Papers set at the Examination for Leaving Certificates, 1893
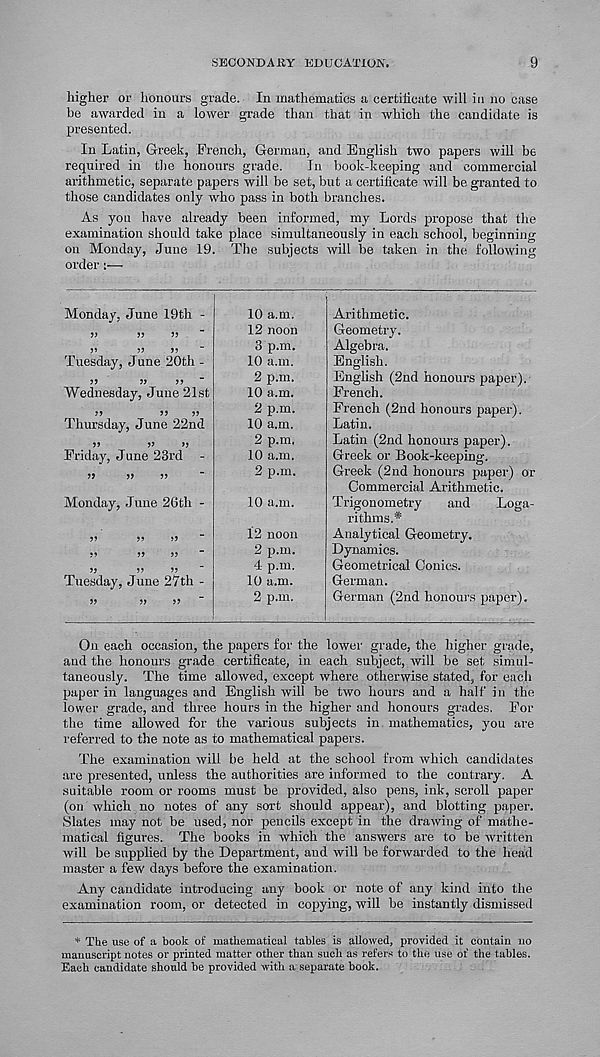
SECONDAKY EDUCATION.
9
higher or honours grade. In mathematics a certificate will in no case
be awarded in a lower grade than that in which the candidate is
presented.
In Latin, Greek, French, German, and English two papers will be
required in the honours grade.
In book-keeping and commercial
arithmetic, separate papers will be set, but a certificate will be granted to
those candidates only who pass in both branches.
As you have already been informed, my Lords propose that the
examination should take place simultaneously in each school, beginning
on Monday, June 19. The subjects will be taken in the following
order:—
Arithmetic.
Geometry.
Algebra.
English.
English (2nd honours paper).
French.
French (2nd honours paper).
Latin.
Latin (2nd honours paper).
Greek or Book-keeping.
Greek (2nd honours paper) or
Commercial Arithmetic.
Trigonometry
and
Loga-
rithms.*
Analytical Geometry.
Dynamics.
Geometrical Conics.
German.
German (2nd honours paper).
On each occasion, the papers for the lower grade, the higher grade,
and the honours grade certificate, in each subject, will be set simul-
taneously. The time allowed, except where otherwise stated, for eacli
paper in languages and English will be two hours and a half in the
lower grade, and three hours in the higher and honours grades. For
the time allowed for the various subjects in mathematics, you are
referred to the note as to mathematical papers.
The examination will be held at the school from which candidates
are presented, unless the authorities are informed to the contrary. A
suitable room or rooms must be provided, also pens, ink, scroll paper
(on which no notes of any sort should appear), and blotting paper.
Slates may not be used, nor pencils except in the drawing of mathe-
matical figures. The books in which the answers are to be written
will be supplied by the Department, and will be forwarded to the head
master a few days before the examination.
Any candidate introducing any book or note of any kind into the
examination room, or detected in copying, will be instantly dismissed
* The use of a book of mathematical tables is allowed, provided it contain no
manuscript notes or printed matter other than such as refers to the use of the tables.
Each candidate should be provided with a separate book.
Monday, June 19th -
O
))
>5
Tuesday, June 20th -
Wednesday, June 21st
Thursday, June 22nd
>>
5?
>5
Friday, June 23rd -
Monday, June 26th -
Tuesday, June 27th -
10 a.m.
12 noon
3 p.m.
10 a.in.
2 p.m.
10 a.m.
2 p.m.
10 a.m.
2 p.m.
10 a.m.
2 p.m.
10 a.m.
12 noon
2 p.m.
4 p.m.
10 a.m.
2 p.m.